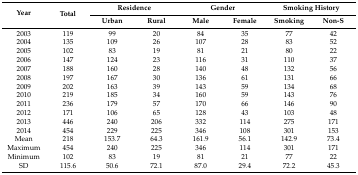
| <ROWSPAN=2> Year | <ROWSPAN=2> Total | <COLSPAN=2> Residence | <COLSPAN=2> Gender | <COLSPAN=2> Smoking History |
 | Urban | Rural | Male | Female | Smoking | Non-S |
 | --- | --- | --- | --- | --- | --- | --- | --- |
 | 2003 | 119 | 99 | 20 | 84 | 35 | 77 | 42 |
 | 2004 | 135 | 109 | 26 | 107 | 28 | 83 | 52 |
 | 2005 | 102 | 83 | 19 | 81 | 21 | 80 | 22 |
 | 2006 | 147 | 124 | 23 | 116 | 31 | 110 | 37 |
 | 2007 | 188 | 160 | 28 | 140 | 48 | 132 | 56 |
 | 2008 | 197 | 167 | 30 | 136 | 61 | 131 | 66 |
 | 2009 | 202 | 163 | 39 | 143 | 59 | 134 | 68 |
 | 2010 | 219 | 185 | 34 | 160 | 59 | 143 | 76 |
 | 2011 | 236 | 179 | 57 | 170 | 66 | 146 | 90 |
 | 2012 | 171 | 106 | 65 | 128 | 43 | 103 | 48 |
 | 2013 | 446 | 240 | 206 | 332 | 114 | 275 | 171 |
 | 2014 | 454 | 229 | 225 | 346 | 108 | 301 | 153 |
 | Mean | 218 | 153.7 | 64.3 | 161.9 | 56.1 | 142.9 | 73.4 |
 | Maximum | 454 | 240 | 225 | 346 | 114 | 301 | 171 |
 | Minimum | 102 | 83 | 19 | 81 | 21 | 77 | 22 |
 | SD | 115.6 | 50.6 | 72.1 | 87.0 | 29.4 | 72.2 | 45.3 |